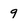
Character: 9